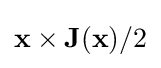
\mathbf {x} \times \mathbf {J} (\mathbf {x} )/2